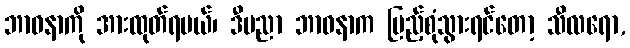
ဘာဝနာကို အားထုတ်ရမယ်၊ ဒီပညာ ဘာဝနာက ပြည့်စုံသွားရင်တော့ သီလရော,